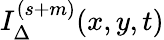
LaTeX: I_{\Delta}^{(s+m)}(x,y,t)